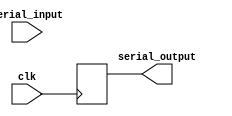
module serial_arbiter (
  input wire clk,
  input wire [NUM_INPUTS-1:0] serial_input,
  output wire serial_output
);

  // Define parameters
  parameter NUM_INPUTS = 4;
  parameter NUM_BITS = 8;

  // Define registers for controlling arbiter
  reg [NUM_INPUTS-1:0] input_priority;
  reg [NUM_INPUTS-1:0] input_enable;

  // Define registers for data synchronization
  reg [NUM_BITS-1:0] sampled_data;

  // Define logic for determining input priority and enabling
  always @ (posedge clk) begin
    // Logic to determine input priority (e.g. based on request signals)
    input_priority <= priorities;

    // Logic to enable input based on priority
    input_enable <= enable_logic;
  end

  // Define logic for synchronizing input data
  always @ (posedge clk) begin
    // Logic to sample input data at correct times
    sampled_data <= sample_data_logic;
  end

  // Define logic for serial output based on synchronized data
  always @ (posedge clk) begin
    // Logic to determine serial output based on synchronized data
    serial_output <= output_logic;
  end

endmodule